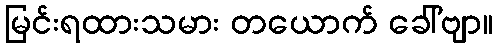
မြင်းရထားသမား တယောက် ခေါ်ဗျာ။